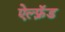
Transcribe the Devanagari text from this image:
ऐल्फ़्रॅड